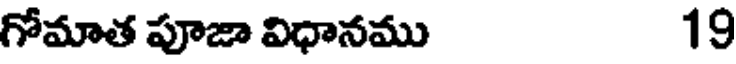
గోమాత పూజా విధానము 19